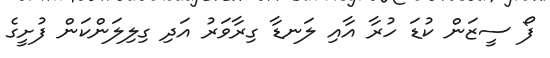
ފޯ ސީޒަން ކުޑަ ހުރާ އާއި ލަނޑާ ގިރާވަރު އަދި ގިލިލަންކަން ފުށީގެ